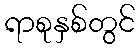
ရာစုနှစ်တွင်